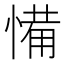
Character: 𢞎